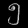
Digit: ၅